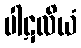
ပါဋလိယံ